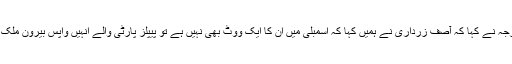
سابق وزیر خارجہ نے کہا کہ آصف زرداری نے ہمیں کہا کہ اسمبلی میں ان کا ایک ووٹ بھی نہیں ہے تو پیپلز پارٹی والے انہیں واپس بیرون ملک بھجوا دیں گے۔